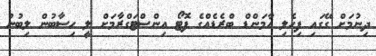
ދިނުމަށް ގޭގައި ފިހެލި އާމަންޑް ބްރެޑެއްގެ ފޮޓޯ އިންސްޓަގްރާމަށް ލީ ހިސާބުން ލިބުނު